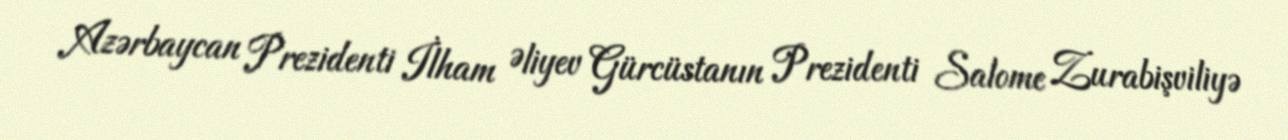
Azərbaycan Prezidenti İlham Əliyev Gürcüstanın Prezidenti Salome Zurabişviliyə